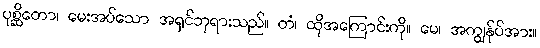
ပုစ္ဆိတော၊ မေးအပ်သော အရှင်ဘုရားသည်။ တံ၊ ထိုအကြောင်းကို။ မေ၊ အကျွန်ုပ်အား။